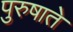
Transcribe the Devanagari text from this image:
पुरुषाते